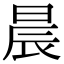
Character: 晨